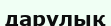
дарулық